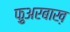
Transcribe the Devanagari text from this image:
फ़ुअरबाख़